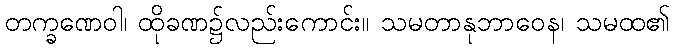
တက္ခဏေဝါ၊ ထိုခဏ၌လည်းကောင်း။ သမတာနုဘာဝေန၊ သမထ၏